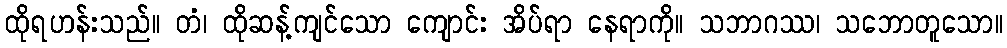
ထိုရဟန်းသည်။ တံ၊ ထိုဆန့်ကျင်သော ကျောင်း အိပ်ရာ နေရာကို။ သဘာဂဿ၊ သဘောတူသော။